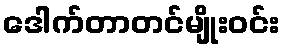
ဒေါက်တာတင်မျိုးဝင်း